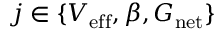
j \in \{ V _ { \mathrm { e f f } } , \beta , G _ { \mathrm { n e t } } \}